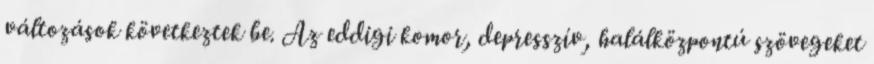
változások következtek be. Az eddigi komor, depresszív, halálközpontú szövegeket